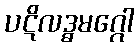
ပဋိလဒ္ဓမဂ္ဂေါ